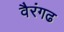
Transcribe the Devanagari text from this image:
वैरंगढ